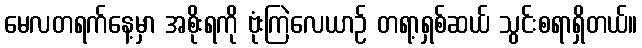
မေလတရက်နေ့မှာ အစိုးရကို ဗုံးကြဲလေယာဉ် တရာ့ရှစ်ဆယ် သွင်းစရာရှိတယ်။